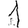
Digit: 1